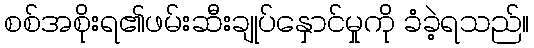
စစ်အစိုးရ၏ဖမ်းဆီးချုပ်နှောင်မှုကို ခံခဲ့ရသည်။